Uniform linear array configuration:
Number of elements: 16
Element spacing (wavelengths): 0.25
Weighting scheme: exponential
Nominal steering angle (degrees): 15
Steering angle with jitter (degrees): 15.273
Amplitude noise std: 0.05
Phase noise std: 0.05

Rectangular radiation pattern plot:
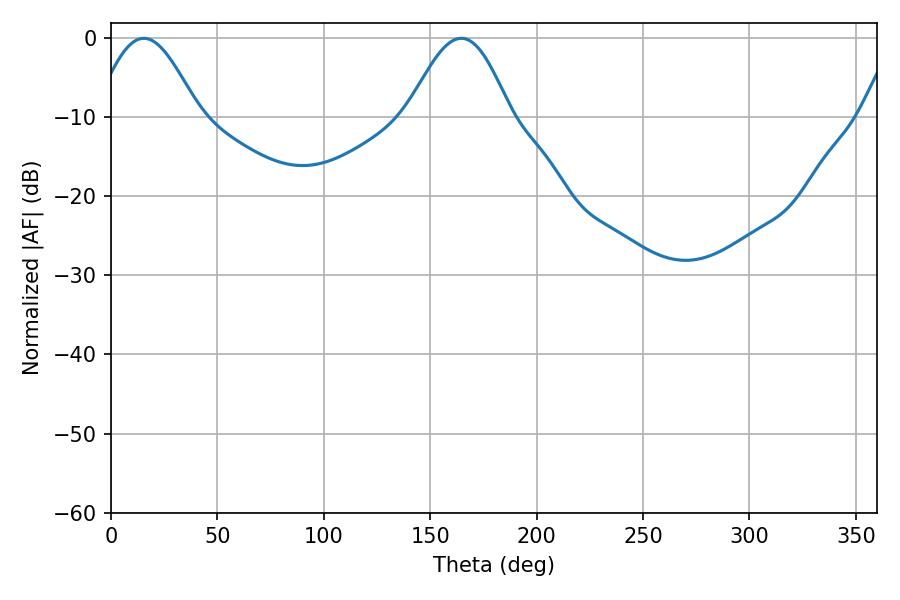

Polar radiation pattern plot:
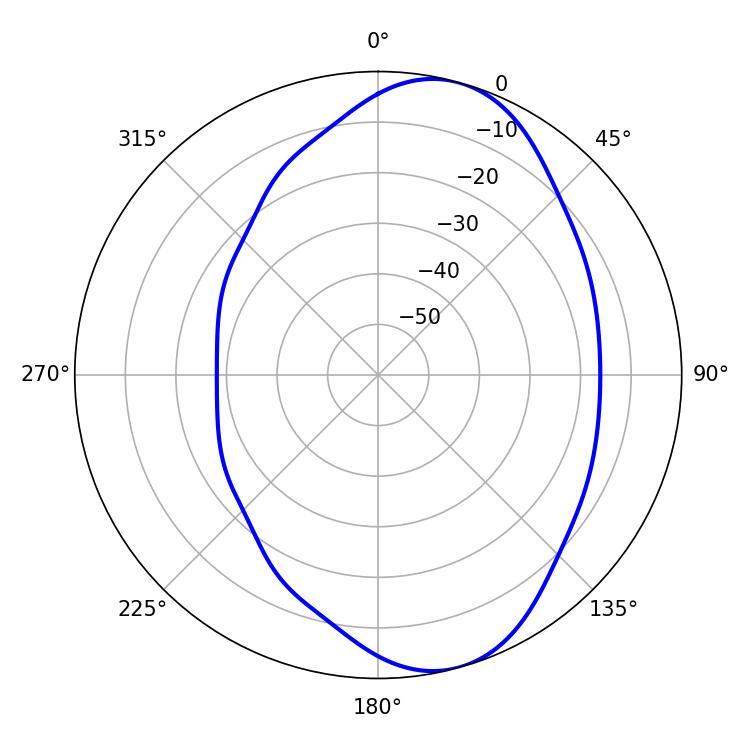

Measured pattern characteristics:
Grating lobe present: FALSE
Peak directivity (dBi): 7.99
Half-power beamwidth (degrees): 25.92
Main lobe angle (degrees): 164.52